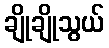
ချိုချိုသွယ်